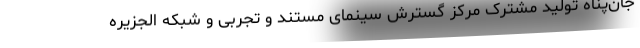
جان‌پناه تولید مشترک مرکز گسترش سینمای مستند و تجربی و شبکه الجزیره